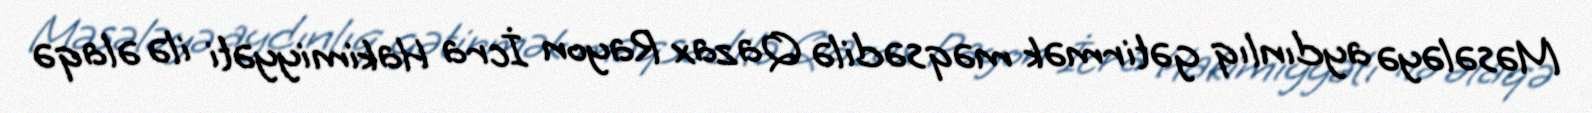
Məsələyə aydınlıq gətirmək məqsədilə Qazax Rayon İcra Hakimiyyəti ilə əlaqə